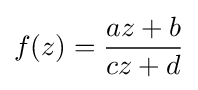
f(z)={\frac {az+b}{cz+d}}